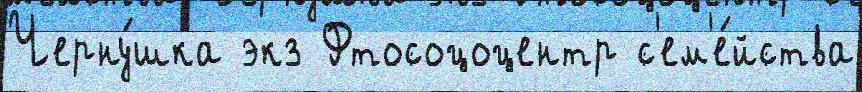
Черну́шка экз Фтосоцоцентр с'ем'е́йства